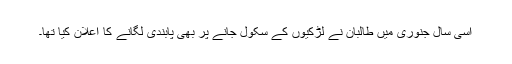
اسی سال جنوری میں طالبان نے لڑکیوں کے سکول جانے پر بھی پابندی لگانے کا اعلان کیا تھا۔